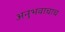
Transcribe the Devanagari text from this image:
अनुभवाचाच